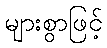
များစွာဖြင့်